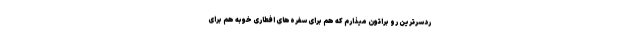
ردسر‌ترین رو براتون میذارم که هم برای سفره‌های افطاری خوبه هم برای